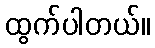
ထွက်ပါတယ်။